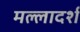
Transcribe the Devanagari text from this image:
मल्लादर्श